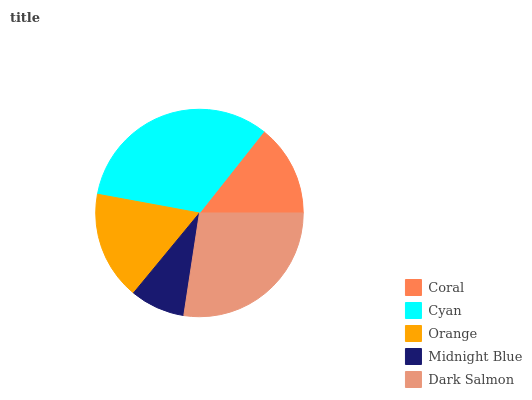
| Coral | Cyan | Orange | Midnight Blue | Dark Salmon |
 | --- | --- | --- | --- | --- |
 | 14.4% | 32.8% | 16.9% | 8.57% | 27.4% |